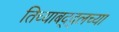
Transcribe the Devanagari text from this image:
तिच्याबद्द्लच्या